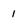
Character: 1